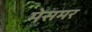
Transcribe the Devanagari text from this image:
मेसमर